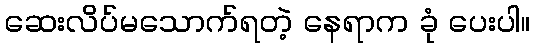
ဆေးလိပ်မသောက်ရတဲ့ နေရာက ခုံ ပေးပါ။